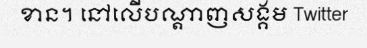
ខាន។ នៅលើបណ្តាញសង្គម Twitter